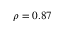
\rho = 0 . 8 7